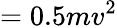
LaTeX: =0.5mv^{2}